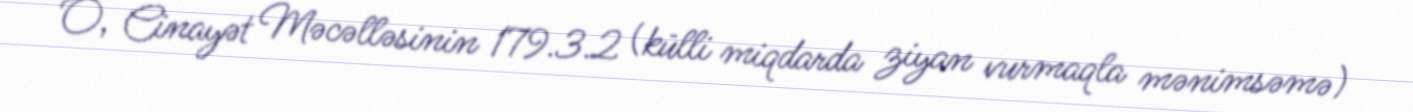
O, Cinayət Məcəlləsinin 179.3.2 (külli miqdarda ziyan vurmaqla mənimsəmə)